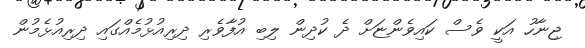
ޖިނާހު އަކީ ވެސް ކައިވެންޏަށް ދެ ކުދިން ލިބި އުފާވެރި ދިރިއުޅުމެއްގައި ދިރިއުޅެމުން